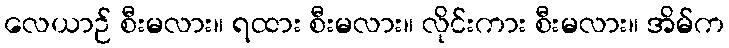
လေယာဉ် စီးမလား။ ရထား စီးမလား။ လိုင်းကား စီးမလား။ အိမ်က